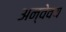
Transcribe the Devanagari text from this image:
अन्वेवय